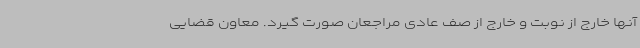
آنها خارج از نوبت و خارج از صف عادی مراجعان صورت گیرد. معاون قضایی